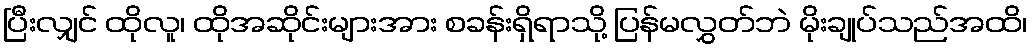
ပြီးလျှင် ထိုလူ၊ ထိုအဆိုင်းများအား စခန်းရှိရာသို့ ပြန်မလွှတ်ဘဲ မိုးချုပ်သည်အထိ၊